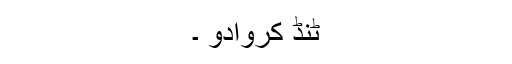
ٹنڈ کروادو ۔